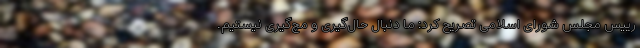
رییس مجلس شورای اسلامی تصریح کرد: ما دنبال حال‌گیری و مچ‌گیری نیستیم.